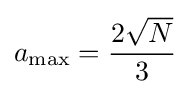
a_{\mathrm {max} }={\frac {2{\sqrt {N}}}{3}}